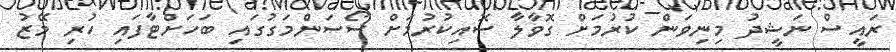
ރައީސް ނަޝީދު މިނިވަން ކުރުމަށް ގޮވާލާ ސޮއިކުރުމަށް ސޯސަންމަގުގައި ބަހަށްޓާފައި ހުރި މޭޒު